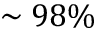
\sim 9 8 \%